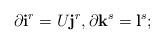
LaTeX: \begin{align*} \partial {\mathbf i}^r=U {\mathbf j}^r, \partial {\mathbf k}^s = {\mathbf l}^s; \end{align*}